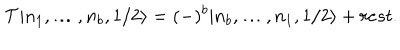
{ \cal T } | n _ { 1 } , \ldots , n _ { b } , 1 / 2 \rangle = ( - ) ^ { b } | n _ { b } , \ldots , n _ { 1 } , 1 / 2 \rangle + r e s t .